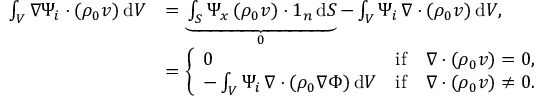
\begin{array} { r l } { \int _ { V } \nabla \Psi _ { i } \boldsymbol { \cdot } ( \rho _ { 0 } \boldsymbol { v } ) \, \mathrm { d } V } & { = \underbrace { \int _ { S } \Psi _ { x } \, ( \rho _ { 0 } \boldsymbol { v } ) \boldsymbol { \cdot } \boldsymbol { 1 } _ { n } \, \mathrm { d } S } _ { 0 } - \int _ { V } \Psi _ { i } \, \nabla \boldsymbol { \cdot } ( \rho _ { 0 } \boldsymbol { v } ) \, \mathrm { d } V , } \\ & { = \left\{ \begin{array} { l l } { 0 } & { \mathrm { i f } \quad \nabla \boldsymbol { \cdot } ( \rho _ { 0 } \boldsymbol { v } ) = 0 , } \\ { - \int _ { V } \Psi _ { i } \, \nabla \boldsymbol { \cdot } ( \rho _ { 0 } \nabla \Phi ) \, \mathrm { d } V } & { \mathrm { i f } \quad \nabla \boldsymbol { \cdot } ( \rho _ { 0 } \boldsymbol { v } ) \neq 0 . } \end{array} \right. } \end{array}